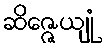
ဆိဇ္ဇေယျုံ